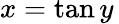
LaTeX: x=\tan y\,